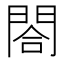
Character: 閤